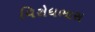
વિરોધભાસ